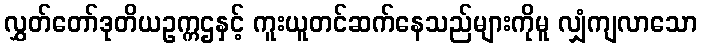
လွှတ်တော်ဒုတိယဥက္ကဌနှင့် ကူးယူတင်ဆက်နေသည်များကိုမူ လျှံကျလာသော